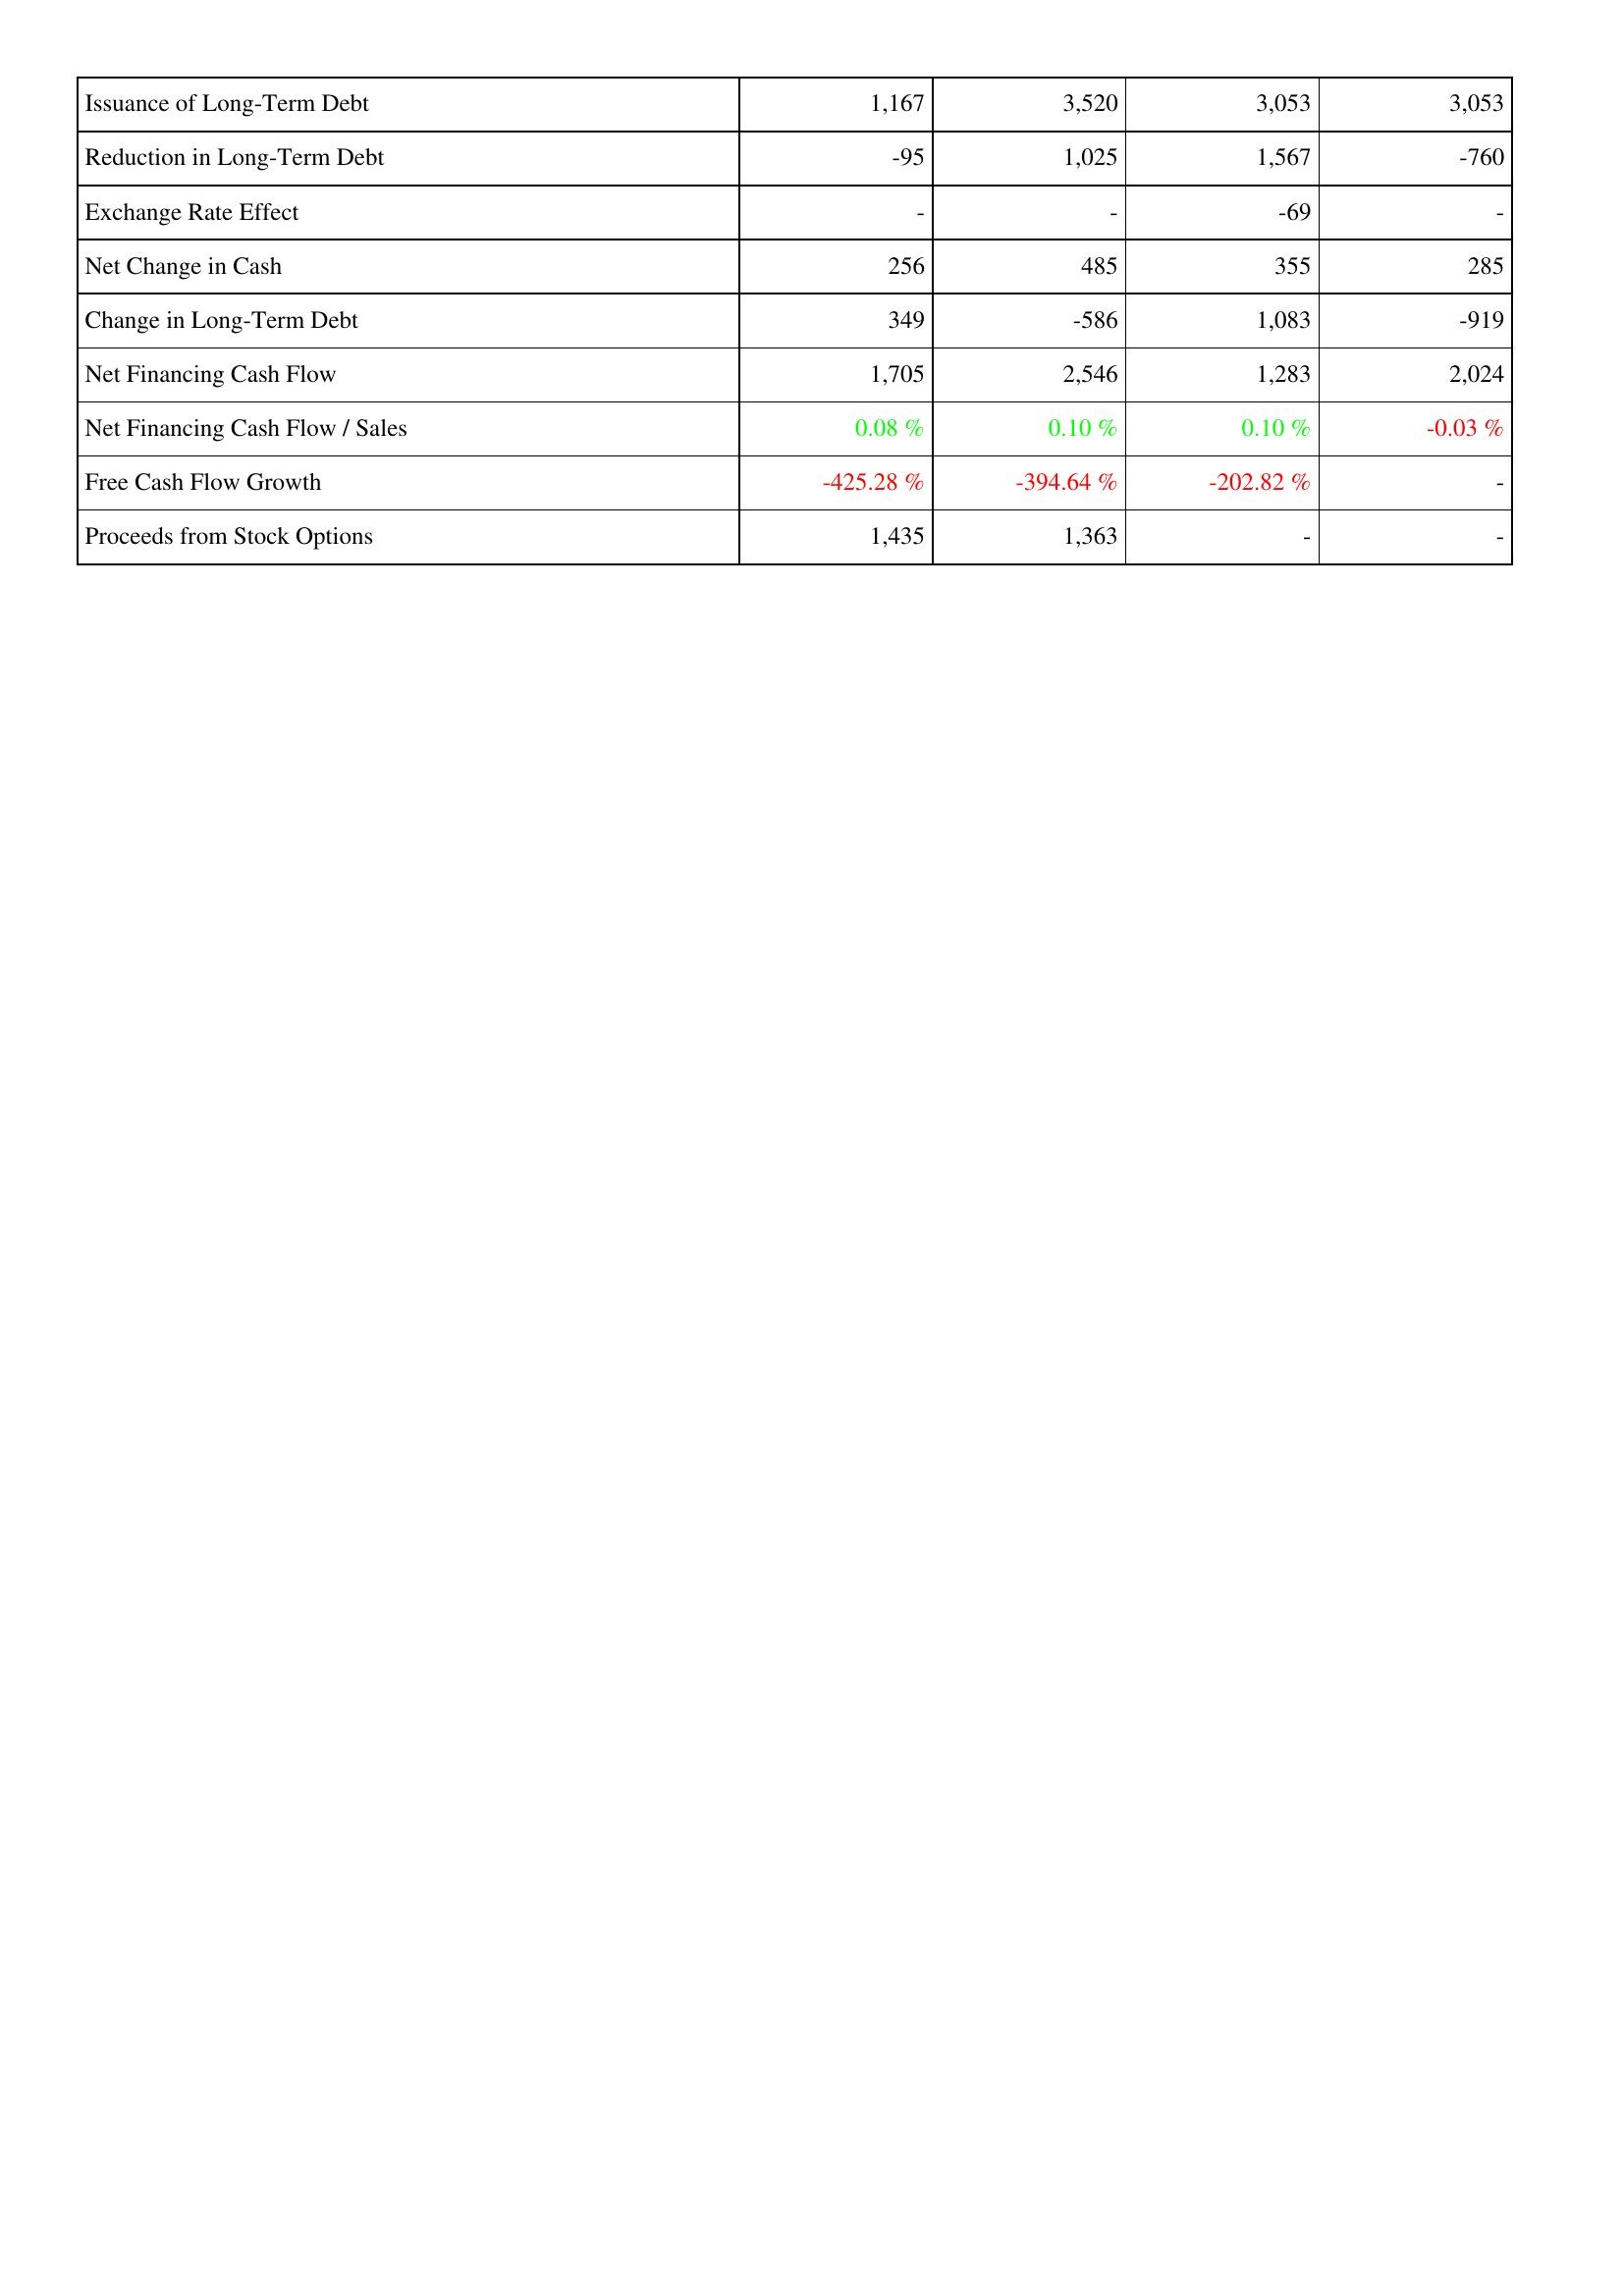
2020: Financing Activities: Issuance of Long-Term Debt: 1,167
Reduction in Long-Term Debt: -95
Exchange Rate Effect: -
Net Change in Cash: 256
Change in Long-Term Debt: 349
Net Financing Cash Flow: 1,705
Net Financing Cash Flow / Sales: 0.08 %
Free Cash Flow Growth: -425.28 %
Proceeds from Stock Options: 1,435
2019: Financing Activities: Issuance of Long-Term Debt: 3,520
Reduction in Long-Term Debt: 1,025
Exchange Rate Effect: -
Net Change in Cash: 485
Change in Long-Term Debt: -586
Net Financing Cash Flow: 2,546
Net Financing Cash Flow / Sales: 0.10 %
Free Cash Flow Growth: -394.64 %
Proceeds from Stock Options: 1,363
2018: Financing Activities: Issuance of Long-Term Debt: 3,053
Reduction in Long-Term Debt: 1,567
Exchange Rate Effect: -69
Net Change in Cash: 355
Change in Long-Term Debt: 1,083
Net Financing Cash Flow: 1,283
Net Financing Cash Flow / Sales: 0.10 %
Free Cash Flow Growth: -202.82 %
Proceeds from Stock Options: -
2017: Financing Activities: Issuance of Long-Term Debt: 3,053
Reduction in Long-Term Debt: -760
Exchange Rate Effect: -
Net Change in Cash: 285
Change in Long-Term Debt: -919
Net Financing Cash Flow: 2,024
Net Financing Cash Flow / Sales: -0.03 %
Free Cash Flow Growth: -
Proceeds from Stock Options: -